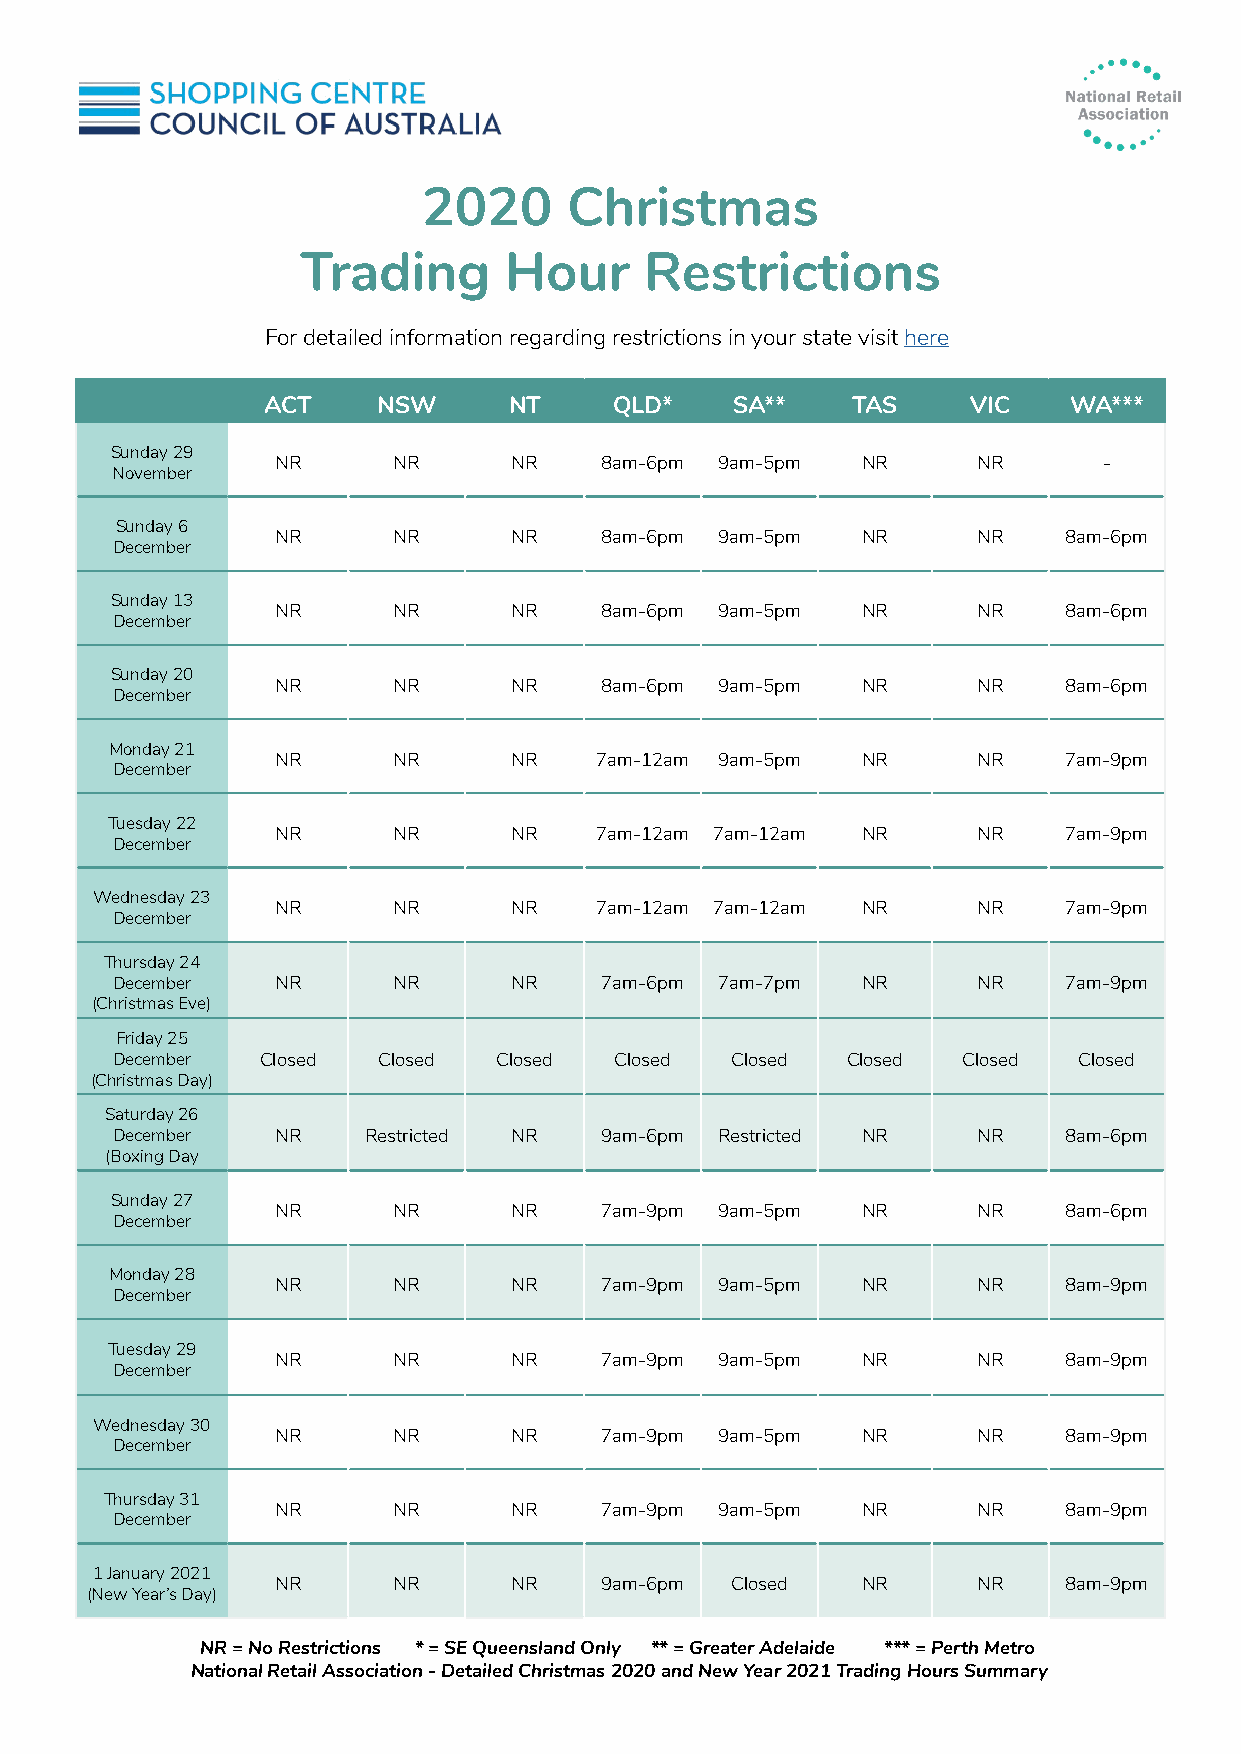
2020      Christmas
 Trading      Hour      Restrictions
 For detailed information regarding restrictions in your state visit here
 ACT     NSW      NT     QLD*    SA**   TAS     VIC    WA***
 Sunday 29
 NR      NR      NR    8am-6pm 9am-5pm  NR      NR      -
 November
 Sunday 6
 NR      NR      NR    8am-6pm 9am-5pm  NR      NR   8am-6pm
 December
 Sunday 13
 NR      NR      NR    8am-6pm 9am-5pm  NR      NR   8am-6pm
 December
 Sunday 20
 NR      NR      NR    8am-6pm 9am-5pm  NR      NR   8am-6pm
 December
 Monday 21
 NR      NR      NR   7am-12am 9am-5pm  NR      NR   7am-9pm
 December
 Tuesday 22
 NR      NR      NR   7am-12am 7am-12am NR      NR   7am-9pm
 December
 Wednesday 23
 NR      NR      NR   7am-12am 7am-12am NR      NR   7am-9pm
 December
 Thursday 24
 December   NR      NR      NR    7am-6pm 7am-7pm  NR      NR   7am-9pm
 (Christmas Eve)
 Friday 25
 December  Closed  Closed  Closed  Closed Closed  Closed  Closed Closed
 (Christmas Day)
 Saturday 26
 December   NR    Restricted NR   9am-6pm Restricted NR    NR   8am-6pm
 (Boxing Day
 Sunday 27
 NR      NR      NR    7am-9pm 9am-5pm  NR      NR   8am-6pm
 December
 Monday 28
 NR      NR      NR    7am-9pm 9am-5pm  NR      NR   8am-9pm
 December
 Tuesday 29
 NR      NR      NR    7am-9pm 9am-5pm  NR      NR   8am-9pm
 December
 Wednesday 30
 NR      NR      NR    7am-9pm 9am-5pm  NR      NR   8am-9pm
 December
 Thursday 31
 NR      NR      NR    7am-9pm 9am-5pm  NR      NR   8am-9pm
 December
 1 January 2021
 NR      NR      NR    9am-6pm Closed   NR      NR   8am-9pm
 (New Year’s Day)
 NR = No Restrictions * = SE Queensland Only ** = Greater Adelaide *** = Perth Metro
 National Retail Association - Detailed Christmas 2020 and New Year 2021 Trading Hours Summary